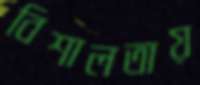
বিশালতায়